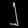
Digit: ၂